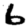
Digit: 6